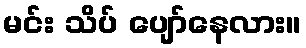
မင်း သိပ် ပျော်နေလား။